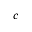
c